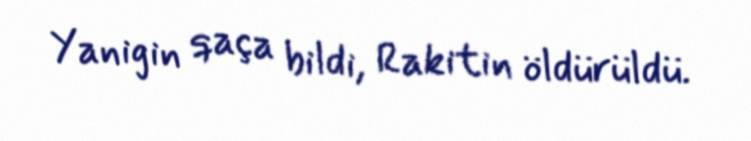
Yanigin qaça bildi, Rakitin öldürüldü.